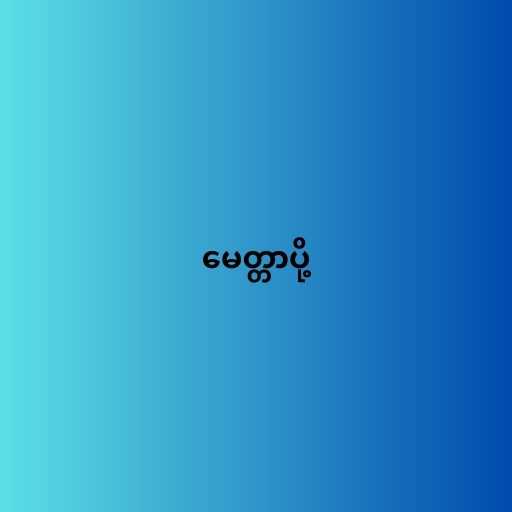
မေတ္တာပို့